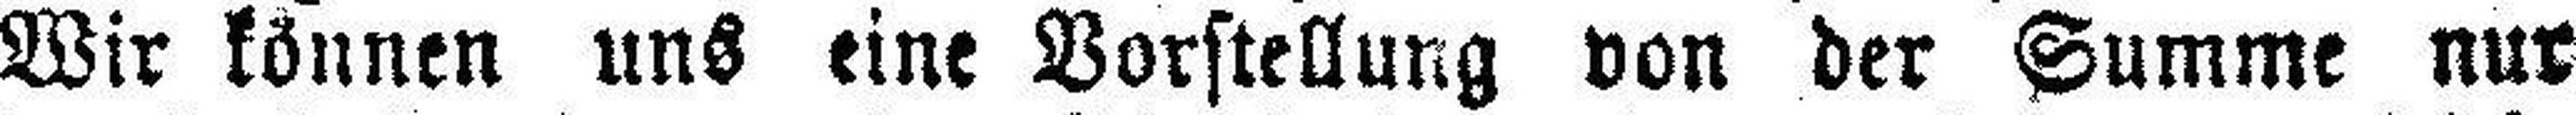
Wir können uns eine Vorstellung von der Summe nur